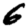
Digit: 6